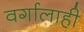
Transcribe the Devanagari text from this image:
वर्गालाही